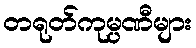
တရုတ်ကုမ္ပဏီများ